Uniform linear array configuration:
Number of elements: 12
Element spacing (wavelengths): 0.75
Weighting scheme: uniform
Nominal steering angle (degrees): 60
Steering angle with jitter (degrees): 61.944
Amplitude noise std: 0.05
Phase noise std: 0.05

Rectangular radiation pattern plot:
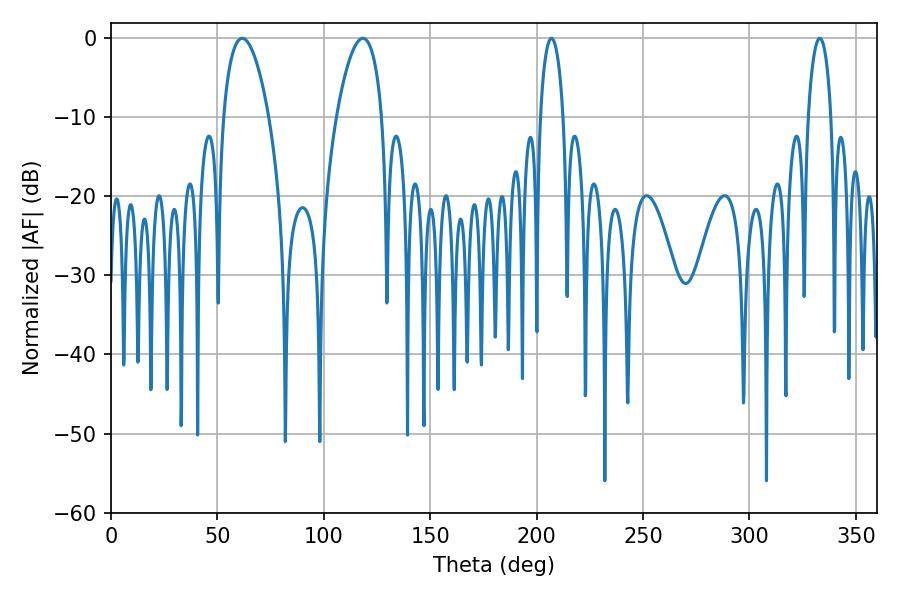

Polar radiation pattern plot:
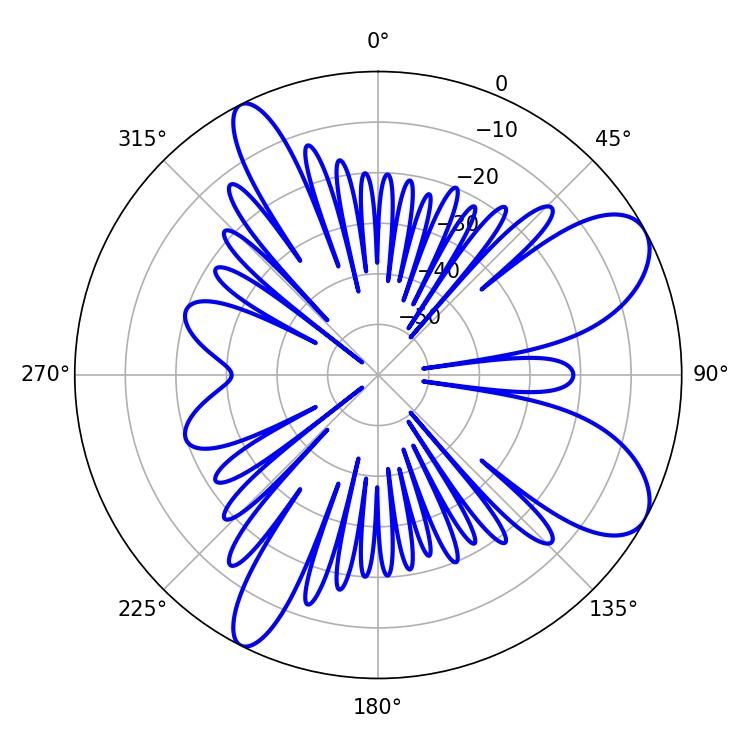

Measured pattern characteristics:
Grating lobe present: TRUE
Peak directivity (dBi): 8.482
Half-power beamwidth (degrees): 11.88
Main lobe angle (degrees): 61.74